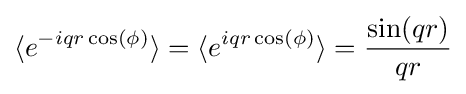
\langle e^{-iqr\cos(\phi )}\rangle =\langle e^{iqr\cos(\phi )}\rangle ={\frac {\sin(qr)}{qr}}